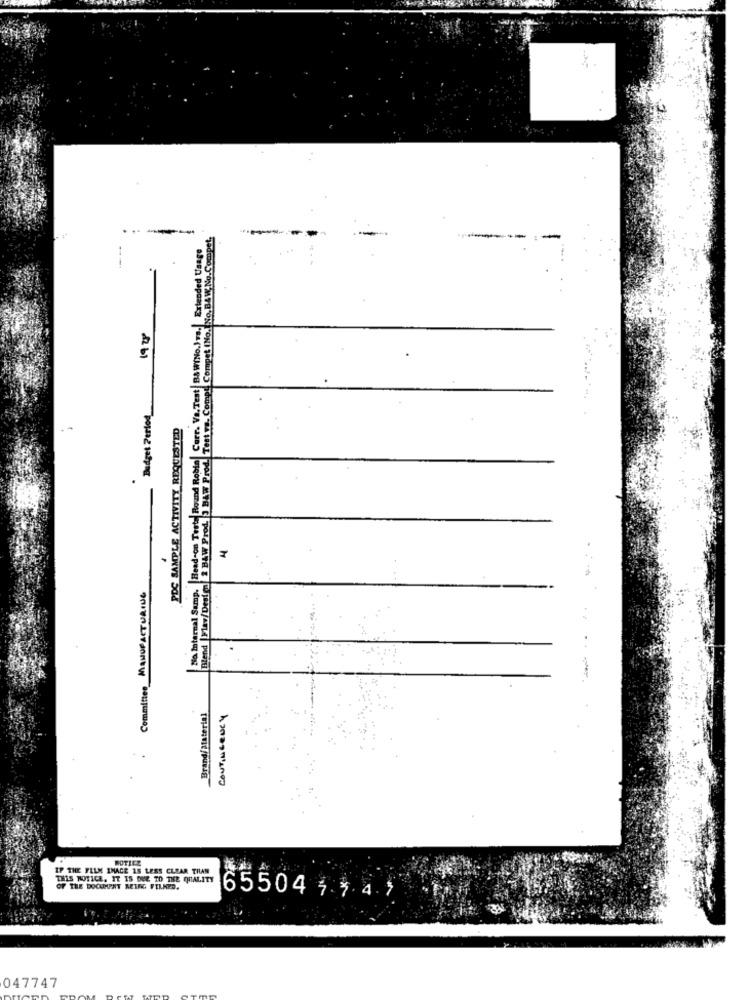
Compet (No. No. B&W.No.Compet,
Na Internal Samp. Head-on Teste Round Robin| Carr. Va.Test BAWINo.)vs. Extended Usage
--
--
19 Up
Budget Period
PDC SAMPLE ACTIVITY REQUESTED
..
Blend May/Desl'on 8 BAW ProL. J BAW Prod. Teat
4
Committee MANUFACTURING
Brand/Material
CONTINGENCY
ROTICE
IP THE FILM IMAGE 15 LESS CLEAR THAN
THIS NOTICE. IT IS DUE TO THE QUALITY
OF THE DOCUMPAT MEIFG FELNED.
65504 1 3.41
047747